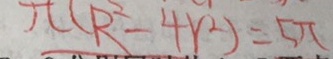
\pi ( R ^ { 2 } - 4 r ^ { 2 } ) = 5 \pi